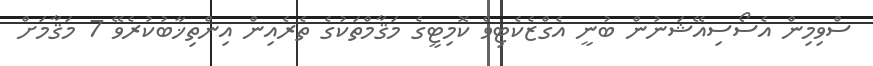
ސްވިމިން އެސޯސިއޭޝަނުން ބުނީ އެގްޒެކެޓިވް ކޮމިޓީގެ މަޤާމްތަކުގެ ތެރެއިން އިންތިޚާބުކުރެވޭ 7 މަޤާމަށް